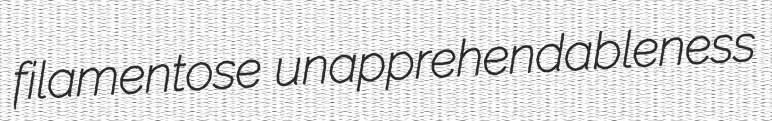
filamentose unapprehendableness